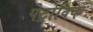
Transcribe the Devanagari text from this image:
पेट्रोविक